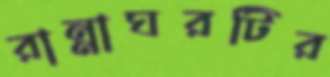
রান্নাঘরটির